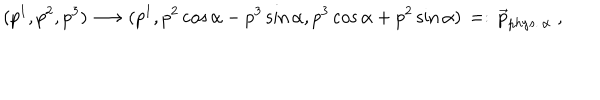
( p ^ { 1 } , p ^ { 2 } , p ^ { 3 } ) \longrightarrow ( p ^ { 1 } , p ^ { 2 } \cos \alpha - p ^ { 3 } \sin \alpha , p ^ { 3 } \cos \alpha + p ^ { 2 } \sin \alpha ) \, = : \, \vec { p } _ { p h y s . \, \alpha } \; ,